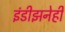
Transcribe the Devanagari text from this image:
इंडीझनेही